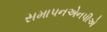
સમાપનએનપીએ